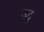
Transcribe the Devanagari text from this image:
उटू